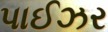
પાઈઝર